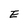
Character: E